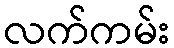
လက်ကမ်း